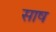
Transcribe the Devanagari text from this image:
साष